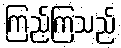
ကြည့်ကြသည်